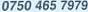
0750 465 7979